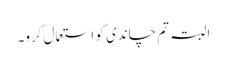
البتہ تم چاندی کو استعمال کرو۔